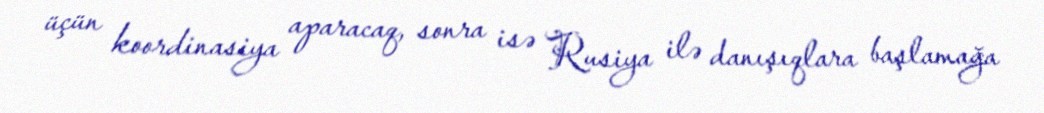
üçün koordinasiya aparacaq, sonra isə Rusiya ilə danışıqlara başlamağa